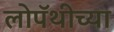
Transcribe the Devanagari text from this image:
लोपॅथीच्या